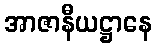
အာဇာနီယဋ္ဌာနေ